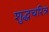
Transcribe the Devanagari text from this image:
शुद्धचरित्र